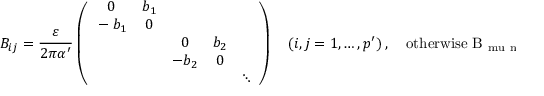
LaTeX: B _ { i j } = \frac { \varepsilon } { 2 \pi \alpha ^ { \prime } } \left( \begin{array} { c c c c c } { { 0 } } & { { b _ { 1 } } } & { { } } & { { } } & { { } } \\ { { { } - b _ { 1 } } } & { { 0 } } & { { } } & { { } } & { { } } \\ { { } } & { { } } & { { 0 } } & { { b _ { 2 } } } & { { } } \\ { { } } & { { } } & { { - b _ { 2 } } } & { { 0 } } & { { } } \\ { { } } & { { } } & { { } } & { { } } & { { \ddots } } \end{array} \right) \quad ( i , j = 1 , \ldots , p ^ { \prime } ) ~ , \quad \mathrm { o t h e r w i s e ~ B _ { \ m u \ n u } = 0 ~ } ~ .